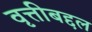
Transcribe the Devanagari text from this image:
वृत्तीबद्दल